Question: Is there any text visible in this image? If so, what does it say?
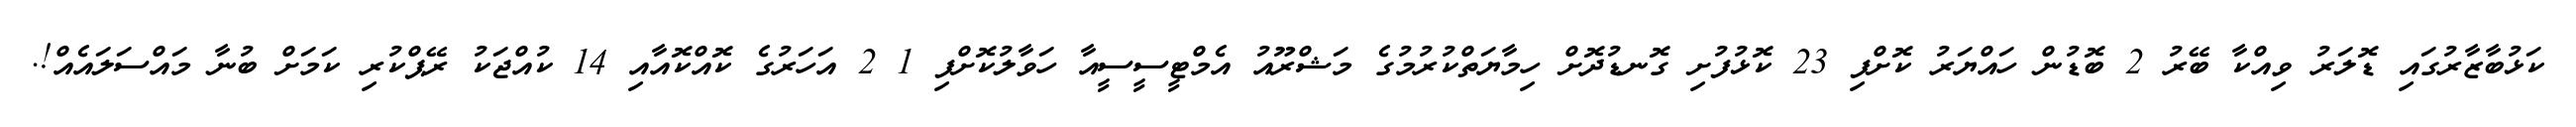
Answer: ކަޅުބާޒާރުގައި ޑޮލަރު ވިއްކާ ބޭރު 2 ބޮޑުން ހައްޔަރު ކޮށްފި 23 ކޮޅުފުށި ގޮނޑުދޮށް ހިމާޔަތްކުރުމުގެ މަޝްރޫއު އެމްޓީސީސީއާ ހަވާލުކޮށްފި 1 2 އަހަރުގެ ކޮއްކޮއާއި 14 ކުއްޖަކު ރޭޕްކުރި ކަމަށް ބުނާ މައްސަލައެއް!.